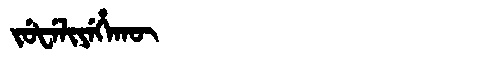
Manchu: ᠵᡠᡶᡝᠯᡳᠶᡝᡥᠠᡴᡡ
Romanization: JUFELIYEHAKŪ